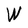
Character: W